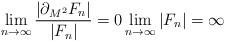
LaTeX: \begin{align*}\lim_{n \to \infty} \frac{|\partial_{M^2} F_n|}{|F_n|}=0 \lim_{n \to \infty} |F_n| = \infty\end{align*}